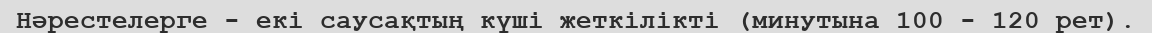
Нәрестелерге - екі саусақтың күші жеткілікті (минутына 100 - 120 рет).